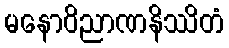
မနောဝိညာဏနိဿိတံ